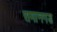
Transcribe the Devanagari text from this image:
समानगड